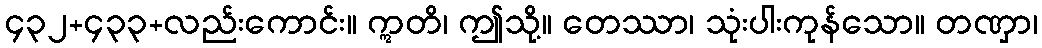
၄၃၂+၄၃၃+လည်းကောင်း။ ဣတိ၊ ဤသို့။ တေဿာ၊ သုံးပါးကုန်သော။ တဏှာ၊